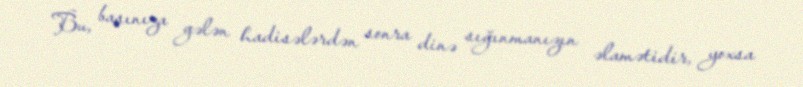
Bu, başınıza gələn hadisələrdən sonra dinə sığınmanızın əlamətidir, yoxsa